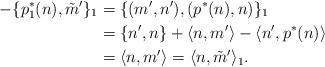
LaTeX: \begin{align*}-\{p_1^*(n), \tilde m'\}_1&=\{(m',n'), (p^*(n),n)\}_1\\&=\{n',n\}+\langle n,m'\rangle-\langle n', p^*(n)\rangle\\&=\langle n,m'\rangle=\langle n,\tilde m'\rangle_1.\end{align*}